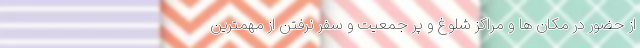
از حضور در مکان ها و مراکز شلوغ و پر جمعیت و سفر نرفتن از مهمترین